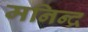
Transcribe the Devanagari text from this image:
मनिन्द्र